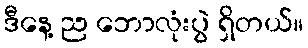
ဒီနေ့ ည ဘောလုံးပွဲ ရှိတယ်။